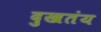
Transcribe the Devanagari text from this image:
दुखतंय